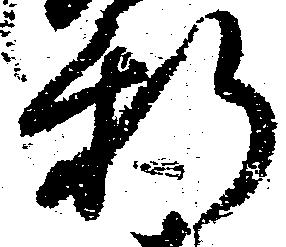
新